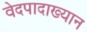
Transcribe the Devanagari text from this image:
वेदपादाख्यान